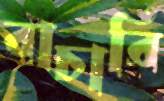
বাচারি